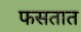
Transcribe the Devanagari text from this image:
फसतात